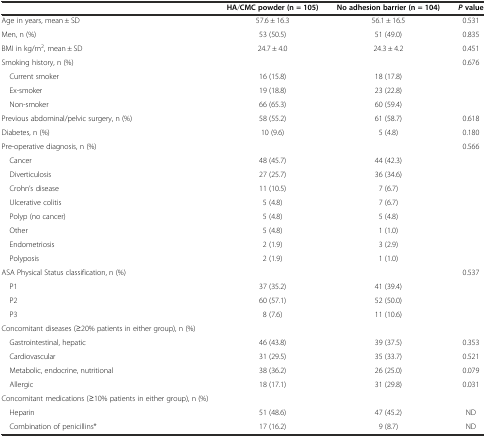
|  | HA/CMC powder (n = 105) | No adhesion barrier (n = 104) | Pvalue |
 | --- | --- | --- | --- |
 | Age in years, mean ± SD | 57.6 ± 16.3 | 56.1 ± 16.5 | 0.531 |
 | Men, n (%) | 53 (50.5) | 51 (49.0) | 0.835 |
 | BMI in kg/m2, mean ± SD | 24.7 ± 4.0 | 24.3 ± 4.2 | 0.451 |
 | Smoking history, n (%) |  |  | 0.676 |
 | Current smoker | 16 (15.8) | 18 (17.8) |  |
 | Ex-smoker | 19 (18.8) | 23 (22.8) |  |
 | Non-smoker | 66 (65.3) | 60 (59.4) |  |
 | Previous abdominal/pelvic surgery, n (%) | 58 (55.2) | 61 (58.7) | 0.618 |
 | Diabetes, n (%) | 10 (9.6) | 5 (4.8) | 0.180 |
 | Pre-operative diagnosis, n (%) |  |  | 0.566 |
 | Cancer | 48 (45.7) | 44 (42.3) |  |
 | Diverticulosis | 27 (25.7) | 36 (34.6) |  |
 | Crohn’s disease | 11 (10.5) | 7 (6.7) |  |
 | Ulcerative colitis | 5 (4.8) | 7 (6.7) |  |
 | Polyp (no cancer) | 5 (4.8) | 5 (4.8) |  |
 | Other | 5 (4.8) | 1 (1.0) |  |
 | Endometriosis | 2 (1.9) | 3 (2.9) |  |
 | Polyposis | 2 (1.9) | 1 (1.0) |  |
 | ASA Physical Status classification, n (%) |  |  | 0.537 |
 | P1 | 37 (35.2) | 41 (39.4) |  |
 | P2 | 60 (57.1) | 52 (50.0) |  |
 | P3 | 8 (7.6) | 11 (10.6) |  |
 | Concomitant diseases (≥20% patients in either group), n (%) |  |  |  |
 | Gastrointestinal, hepatic | 46 (43.8) | 39 (37.5) | 0.353 |
 | Cardiovascular | 31 (29.5) | 35 (33.7) | 0.521 |
 | Metabolic, endocrine, nutritional | 38 (36.2) | 26 (25.0) | 0.079 |
 | Allergic | 18 (17.1) | 31 (29.8) | 0.031 |
 | Concomitant medications (≥10% patients in either group), n (%) |  |  |  |
 | Heparin | 51 (48.6) | 47 (45.2) | ND |
 | Combination of penicillins* | 17 (16.2) | 9 (8.7) | ND |